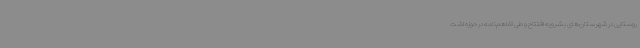
روستایی در شهرستان‌های بشرویه افتتاح و طی تفاهم‌نامه‌ در حوزه اشت